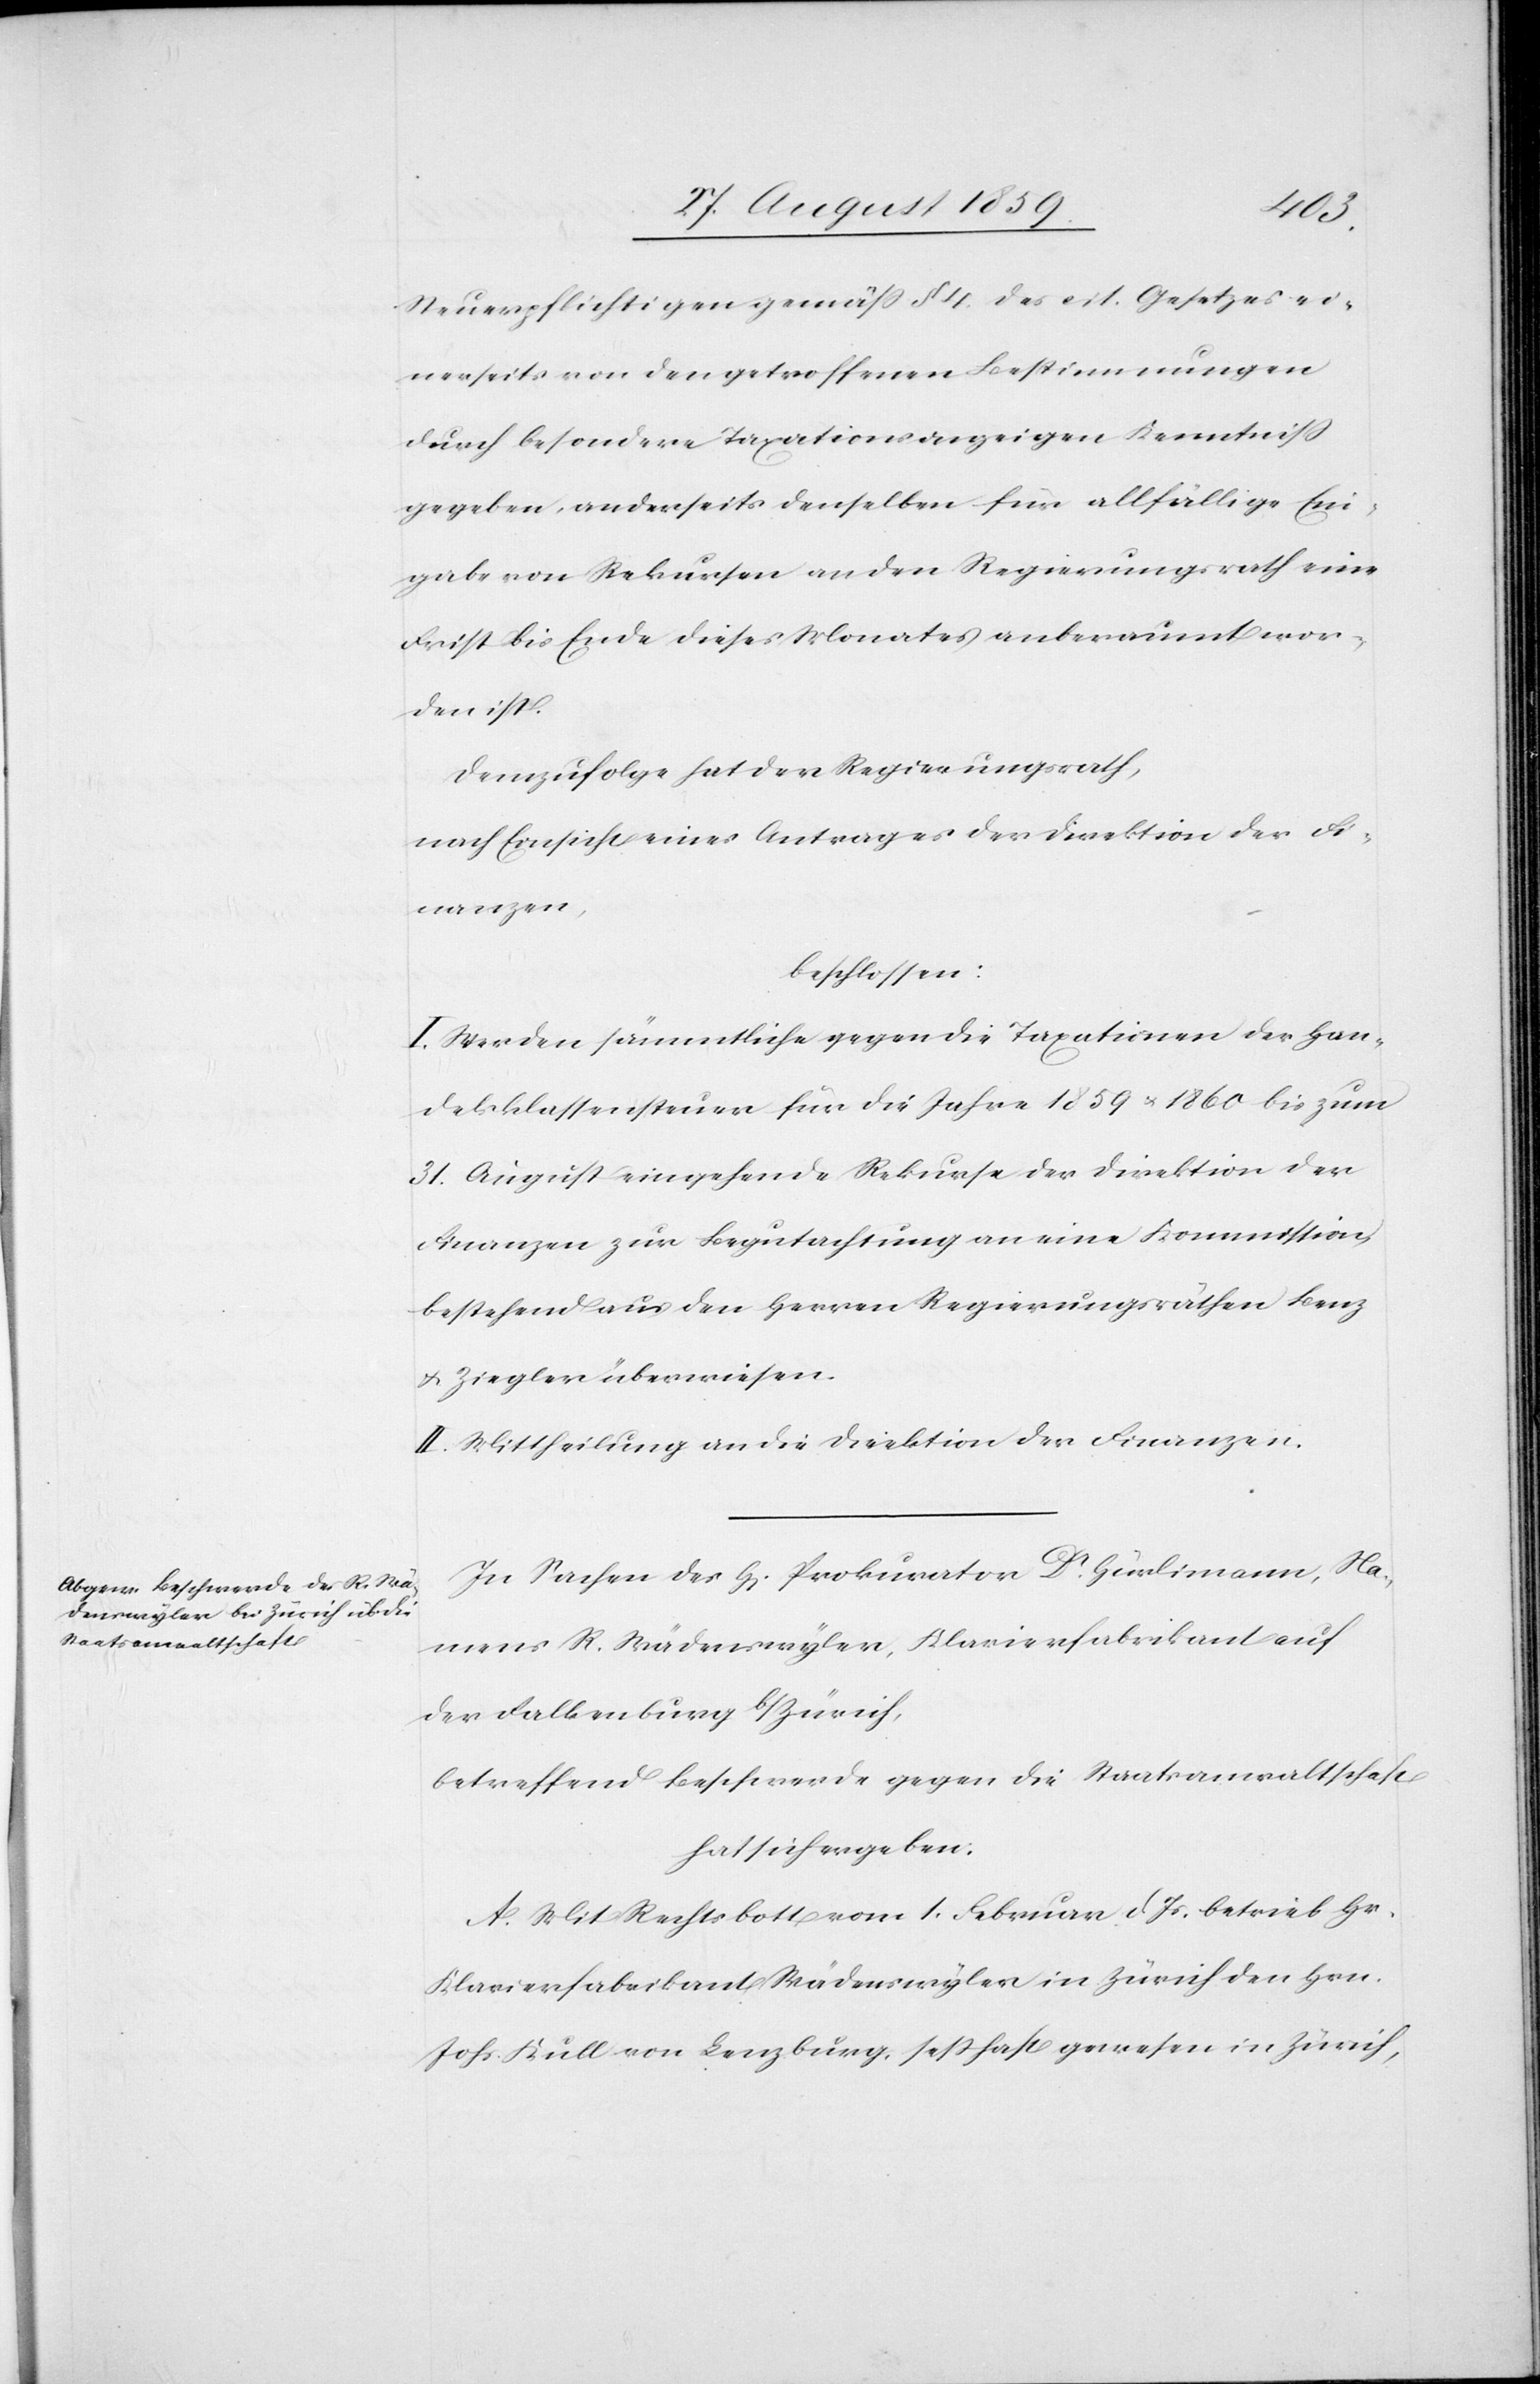
Steuerpflichtigen gemäß § 4. des cit. Gesetzes ei¬
nerseits von den getroffenen Bestimmungen
durch besondere Taxationsanzeigen Kenntniß
gegeben, anderseits denselben für allfällige Ein¬
gabe von Rekursen an den Regierungsrath eine
Frist bis Ende dieses Monates anberaumt wor¬
den ist.
Demzufolge hat der Regierungsrath,
nach Einsicht eines Antrages der Direktion der Fi¬
nanzen,
beschlossen:
I. Werden sämmtliche gegen die Taxationen der Han¬
delsklassensteuer für die Jahre 1859 & 1860 bis zum
31. August eingehende Rekurse der Direktion der
Finanzen zur Begutachtung an eine Kommission
bestehend aus den Herren Regierungsräthen Benz
& Ziegler überwiesen.
II. Mittheilung an die Direktion der Finanzen.
In Sachen des H[errn] Prokurator Dr. Hürlimann, Na¬
mens R. Wädenswyler, Klavierfabrikant auf
der Falkenburg b/Zürich,
betreffend Beschwerde gegen die Staatsanwaltschaft
hat sich ergeben:
A. Mit Rechtsbott vom 1. Februar d. Js. betrieb Hr.
Klavierfabrikant Wädenswyler in Zürich den Hrn.
Johs. Kull von Lenzburg, seßhaft gewesen in Zürich,